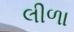
લીળા